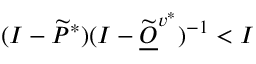
( I - \widetilde P ^ { * } ) ( I - \widetilde { \underline { O } } ^ { v ^ { * } } ) ^ { - 1 } < I